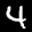
Label: 4